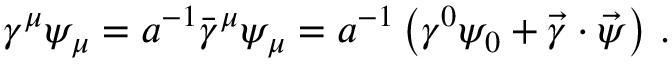
\gamma ^ { \mu } \psi _ { \mu } = a ^ { - 1 } \bar { \gamma } ^ { \mu } \psi _ { \mu } = a ^ { - 1 } \left( \gamma ^ { 0 } \psi _ { 0 } + \vec { \gamma } \cdot \vec { \psi } \right) \, .